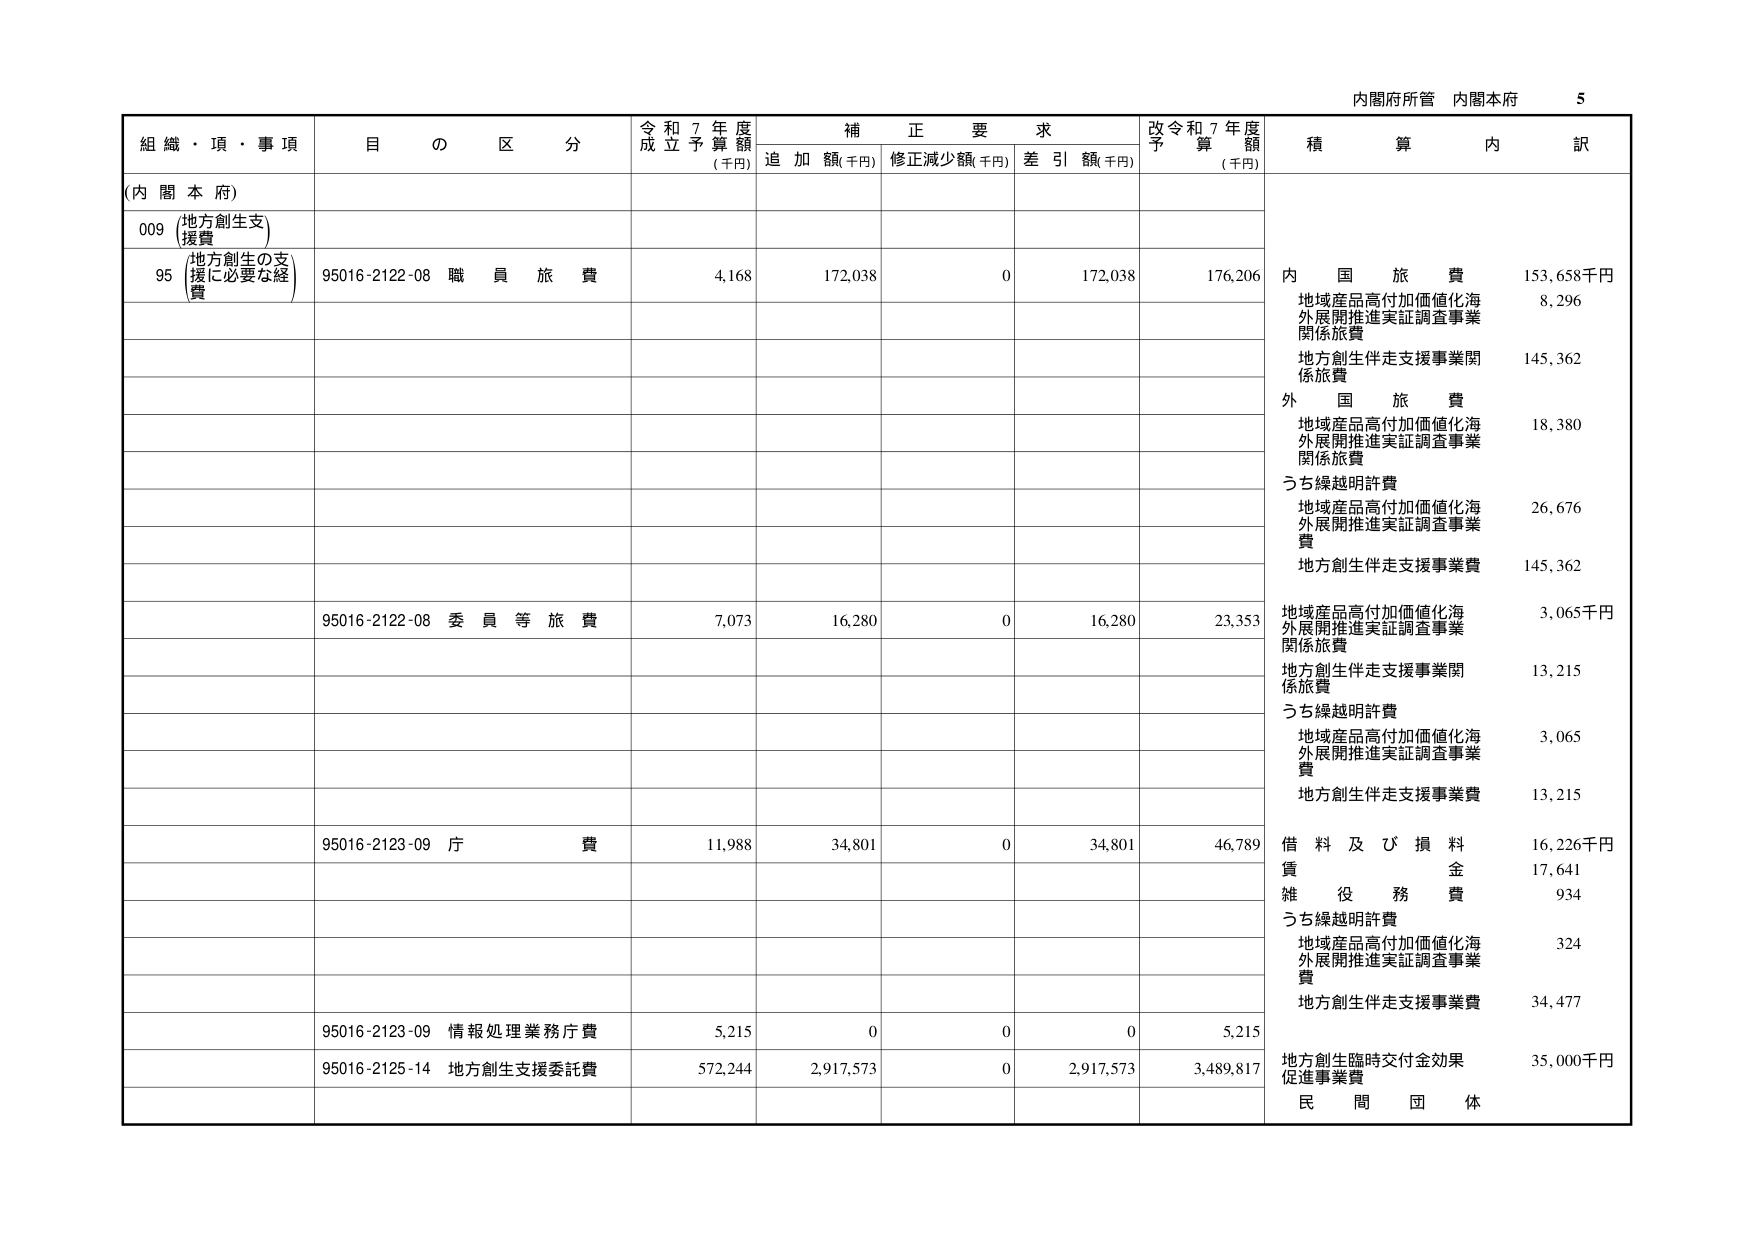
内閣府所管 内閣本府 5
組織・項・事項 目の区分 令和7年度成立予算額(千円) 補正要求 追加額(千円) 修正減少額(千円) 差引額(千円) 改令和7年度予算額(千円) 積算内訳
(内閣本府)
009 (地方創生支援費)
95 (地方創生の支援に必要な経費) 95016-2122-08 職員旅費 4,168 172,038 0 172,038 176,206 内国旅費 153,658千円
地域産品高付加価値化海外展開推進実証調査事業関係旅費 8,296
地方創生伴走支援事業関係旅費 145,362
外国旅費 18,380
地域産品高付加価値化海外展開推進実証調査事業関係旅費
うち繰越明許費
地域産品高付加価値化海外展開推進実証調査事業費 26,676
地方創生伴走支援事業費 145,362
95016-2122-08 委員等旅費 7,073 16,280 0 16,280 23,353 地域産品高付加価値化海外展開推進実証調査事業関係旅費 3,065千円
地方創生伴走支援事業関係旅費 13,215
うち繰越明許費
地域産品高付加価値化海外展開推進実証調査事業費 3,065
地方創生伴走支援事業費 13,215
95016-2123-09 庁費 11,988 34,801 0 34,801 46,789 借料及び損料 16,226千円
賃金 17,641
雑役務費 934
うち繰越明許費
地域産品高付加価値化海外展開推進実証調査事業費 324
地方創生伴走支援事業費 34,477
95016-2123-09 情報処理業務庁費 5,215 0 0 0 5,215
95016-2125-14 地方創生支援委託費 572,244 2,917,573 0 2,917,573 3,489,817 地方創生臨時交付金効果促進事業費 35,000千円
民間団体